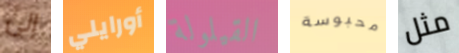
إلى أورايلي القيلولة محبوسة مثل